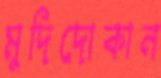
মুদিদোকান